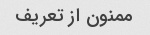
ممنون از تعریف